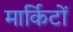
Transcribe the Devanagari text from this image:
मार्किटों